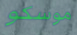
موسكو